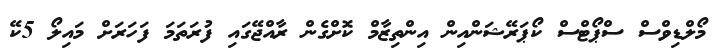
މޯލްޑިވްސް ސްޕޯޓްސް ކޯޕަރޭޝަންއިން އިންތިޒާމް ކޮށްގެން ރާއްޖޭގައި ފުރަތަމަ ފަހަރަށް މައިލޯ 5ކޭ